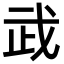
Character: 𢦰